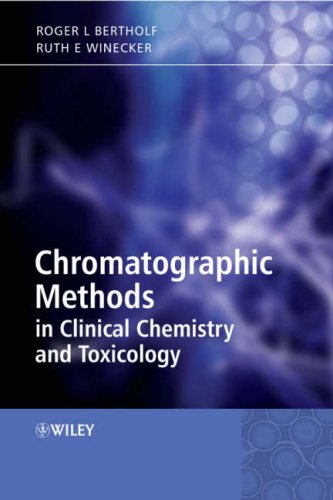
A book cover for Chromatographic Methods in Clinical Chemistry and Toxicology; Science & Math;